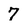
Character: 7